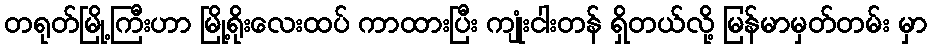
တရုတ်မြို့ကြီးဟာ မြို့ရိုးလေးထပ် ကာထားပြီး ကျုံးငါးတန် ရှိတယ်လို့ မြန်မာမှတ်တမ်း မှာ